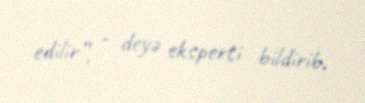
edilir”, - deyə eksperti bildirib.